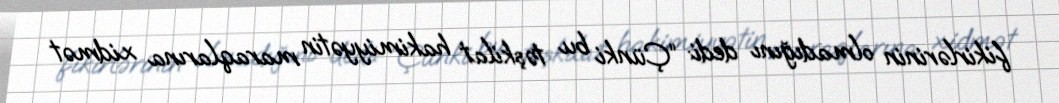
fikirlərinin olmadığını dedi: “Çünki bu təşkilat hakimiyyətin maraqlarına xidmət